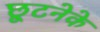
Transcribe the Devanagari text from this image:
छूटनेके